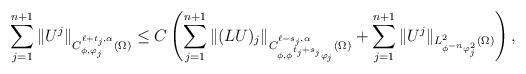
LaTeX: \begin{align*}\sum_{j=1}^{n+1} \| U^j \|_{C^{\ell+t_j, \alpha}_{\phi, \varphi_j}(\Omega)} \le C \left(\sum_{j=1}^{n+1} \| (L U)_j \|_{C^{\ell-s_j, \alpha}_{\phi, \phi^{t_j+s_j}\varphi_j}(\Omega)} + \sum_{j=1}^{n+1} \| U^j \|_{L^2_{\phi^{-n}\varphi_j^2}(\Omega)}\right),\end{align*}